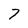
Character: 7